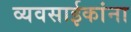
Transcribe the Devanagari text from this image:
व्यवसाईकांना